Vital statistics of India. Vol. VI, European troops 1870-79
Year: 1870
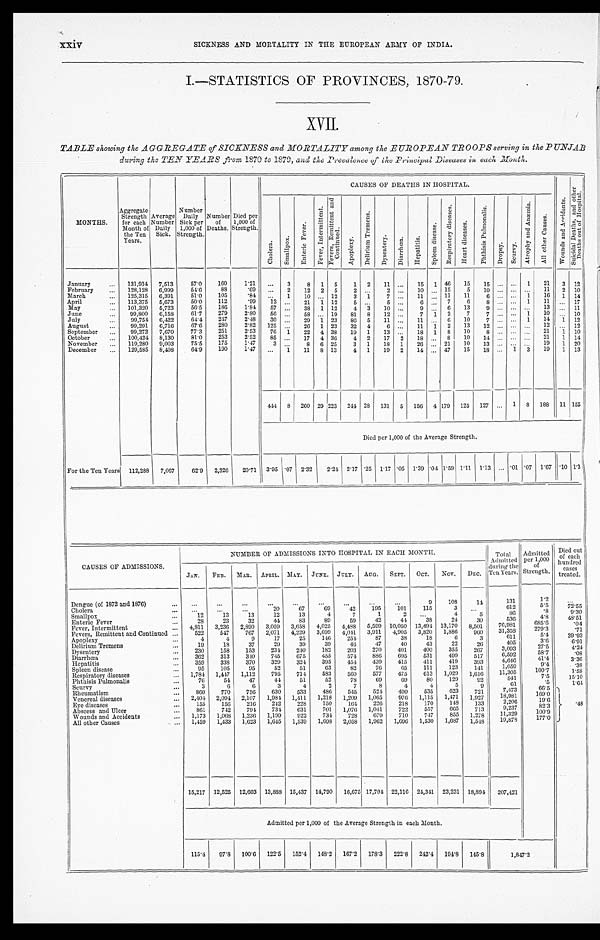
xxiv
SICKNESS AND MORTALITY IN THE EUROPEAN ARMY OF INDIA.
I.—STATISTICS OF PROVINCES, 1870-79.
XVII.
TABLE showing the AGGREGATE of SICKNESS and MORTALITY among the EUROPEAN TROOPS serving in the PUNJAB
during the TEN YEARS from 1870 to 1870, and the Prevalence of the Principal Diseases is each Month.
MONTHS.
Aggregate
Strength
for each
Month of
the Ten
Years.
Average
Number
Daily
Sick.
Number
Daily
Sick per
1,000 of
Strength.
Number
of
Deaths.
Died per
1,000 of
Strength.
CAUSES OF DEATHS IN HOSPITAL.
W o u n d s a n d
A c c i d e n t s .
S u i e i d a l D e a t h s , a n d o t h e r D e a t h s o u t o f H o s p i t a l .
C h . o l e r a .
Smal l pox.
E n t e r i c
F e v e r .
F e v e r s ,
I n t e r m i t t e n t .
Fever,
Re mi t t e nt
and
C o n t i n u e d 0
.
A p o p l e x y .
D e l i r l u m T r e m e n s ,
D y s e n t e r y .
D i a r r h œ a .
H e p a t i t i s .
S
p l e a n d i s e a s s e .
R e s p i r a t o r y d i s e a s e s .
H e a r t d i s e a s e s .
P h t h i s i s P u l m o n a l i s .
D r o p s y .
S e u r v y .
S e u r v y .
A t r o p h y a n d A n æ m i a .
Al l
o t h e r
C a u s e s .
January
...
131,914
7,513
57.0
160
1.21
...
3
8
1
5
1
2
11 ...
15
1 46
15
15 ...
. . .
1
21
3 12
February
...
128,128
6,999
54.6
88
.69
...
2
12
2
5
2
. . .
2 ...
10 ... 15
5
10 ... ... ...
11
2 10
March
...
125,315
0,391
51.0
105
.84
...
1
10 ... . 12
3
..
1.
7 ...
11 .
11
11
6 „. ...
.1
16
1 14
April
...
113,375
5,673
50.0
112
.99
12 ...
21
1 12
5 ...
5 ...
6 ...
7
6
8 ...
. . . 1
11
... 17
May
...
101,320
5,723
56.5
186
1.84
57 ...
38
1 12
4 3
10 ..
9
. . .
6
13
9 _...
. . . _ ...
13 ... 11
June
99,800
6 , 1 5 8 61.7
279
2.80
56 ...
58 .
19
81
8
12 ... .
7 1
2
7
7 ...
. . . 1
10
...
1 0
July
99,754
6,422
64.4
217
2.48
30 ...
29
1 23
86
5
11 ...
11 ...
6
10
7 ...
. . .
...
14 1
12
August
...
99,291
6,716
67.6
280
2.82
125 ....
26
1 23
32
4
6 ......
11
1
2
13
12 ...
...
1 2
. ....
1 2
September
...
99,272
7,670
77.3
251
2.53
76 1
22
4 38
19
1
13 ...
18
1
8
10
8 ...
. . . ... 21
1
1 0
October
...
100,421
8,130
81.0
253
2.52
85 ...
17
4 36
4
2
17
2
18 ..
8
10
14 ... ... ...
21
1 14
November
...
119,280
9,003
75.5
175
1.47
3 ...
8
6 25
3
1
18
1
26 ... 21
10
13 ... .. ....
19
1 20
December
...
129,585
8,408
64.9
190
1.47
. . .
I
11
8 13
4
1
19
2
11 ... 47
15
18 ...
1
3
19
1 13
444 8
260 29 223
244 28 131
5
156
4 179
125
127 ...
1
8
188
11 155
Died per 1,000 of t h e A v e r a g e S t r e n g t h .
For the Ten Years
112,288
7,067
62.9
2,326
20.71 3.95 .07 2.32
2.24 2.17 .25 1.17 .05 1 . 39 .04 1.59 1.11 1 . 13 ... .01 .07 1.67
.10 1.3
CAUSES OF ADMISSIONS.
NUMBER OF ADMISSIONS INTO HOSPITAL IN EACH MONTH.
Total
Admitted
d u r i n g t h e
Ten Years.
Admitted
per 1,000
of
Strength.
Died out
of each
hundred
cases
treated.
JAN.
FEB.
M.AR. APRIL. MAY. JUNE. JULY.
AUG.
SEPT.
OCT.
Nov.
DEC.
Dengue (of 1872 and 1876)
...
...
...
...
...
...
...
...
...
...
9
108
3
14
131
612
1.2
5.5
. . .
Cholera
...
...
...
20
67
69
42
105
101
115
3
. . .
6 1 2
5 . 5
7 2 . 5 5
Smallpox
."
12
13
13
12
13
4
7
1
2
. . .
4
5
86
.8
9 . 3 0
Enteric Fever
...
28
23
32
44
83
89
59
42
44
38
24
30
536
4.8
4 8 . 5 1
Fever, Intermittent
4,811
3,236
2,890
3,059
3,658
4,025
4,488
5,599 10,050 13,491 13,170
8,501
76,981
6 8 5 . 6
. 0 4
Fevers, Remittent and Continued ...
522
547
767
2,071
4,229
3,699
4,041 3,911
4,905
3,820
1,886
960
31,358
2 7 9 . 3
. 7 1
Apoplexy
...
4
4
9
17
25
146
254
87
38
18
6
3
611
5 . 4
3 9 . 9 3
Delirium Tremens
...
19
18
37
29
39
39
46
47
40
43
22
26
405
3 . 6
6 . 9 1
Dysentery
...
230
158
153
234
240
182
203
270
401
400
355
267
3,093
2 7 . 5
4 . 2 4
Diarrhœa
362
313
340
745
675
455
574
886
695
531
499
517
6,592
41.4
3 . 3 9
...
Hepatitis
...
359
338
370
329
324
395
454
439
415
411
419
393
4,646
4 1 . 4
3 . 3 6
Spleen disease
95
105
95
52
51
63
82
76
65
111
123
141
1,059
9 . 4
. 0 8
Respiratory diseases
1,784
1,117
1,112
795
714
583
560
577
475
613
1,029
1 ,616
11,305
7.5
15.10
Plithisis PulmonaUs
...
70
51
47
41
51
52
78
60
69
80
129
92
841
.5
1.64
Scurvy
...
3
6
6
3
4
2
7
8
4
4
5
9
61
7,473
66.5
Rheumatism
...
360
770
750
630
533
480
515
524
490
535
623
721
160.0
Venereal diseases
2,401
2,091
2,107
1,981
1,111
1,218
1,209
1,065
976
1,115
1,471
1,927
18,981
19.6
Eye diseases
...
155
156
216
212
223
150
161
226
218
170
1.18
133
2,206
82.3
. 4 8
Abscess and Ulcer
...
861
742
791
731
631
701
1,076
1,041
722
557
665
713
9,237
100. 9
Wounds and Accidents
1,173
1,068
1,236
1,199
922
734
728
679
710
717
855
1,278
11,329
177.0
All other Causes
...
1,459
1,433
1,623
1,615
1,539
1,698
2,058
1,962
1,696
1,530
1
1,687
1,518
19,879
15,217 12,525 12,603 13,338 15,437 11,790
16,675 17,701 22,116 21,311 23,231 18,894
207,421
Admitted per 1,000 of the Average Strength in each Month.
115.4
97.8
100.6
122.5
152.4
149.2
167.2
178.3
222.8
212.4
191.8
145.8
1,817.2